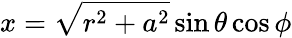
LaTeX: x={\sqrt{r^{2}+a^{2}}}\sin\theta\cos\phi